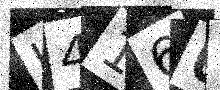
Text: I416UK